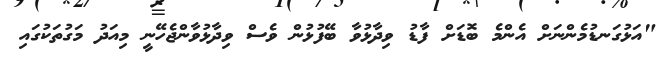
"އަޅުގަނޑުމެންނަށް އެންމެ ބޮޑަށް ފާޑު ވިދާޅުވާ ބޭފުޅުން ވެސް ވިދާޅުވާންޖެހޭނީ މިއަދު މަގުތަކުގައި